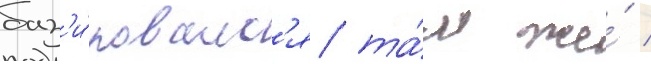
баз'и́ровалс'я та́м же́ /